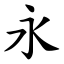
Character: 永